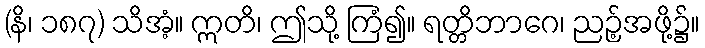
(နိ၊ ၁၈၇) သိအံ့။ ဣတိ၊ ဤသို့ ကြံ၍။ ရတ္တိဘာဂေ၊ ညဉ့်အဖို့၌။